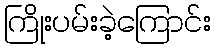
ကြိုးပမ်းခဲ့ကြောင်း